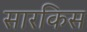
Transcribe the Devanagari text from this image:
सारकिस